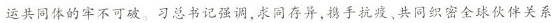
运共同体的牢不可破。习总书记强调，求同存异，携手抗疫、共同织密全球伙伴关系